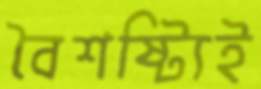
বৈশষ্ট্যিই